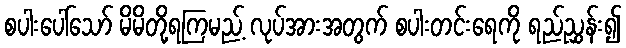
စပါးပေါ်သော် မိမိတို့ရကြမည့် လုပ်အားအတွက် စပါးတင်းရေကို ရည်ညွှန်း၍